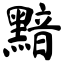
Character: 黯